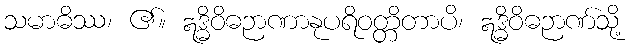
သမာဓိဿ၊ ၏။ ဣဒ္ဓိဝိဓဉာဏာနုပရိဝတ္တိတာပိ၊ ဣဒ္ဓိဝိဓဉာဏ်သို့